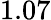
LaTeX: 1.07